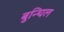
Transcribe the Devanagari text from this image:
बुन्चिल